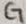
Text: CT